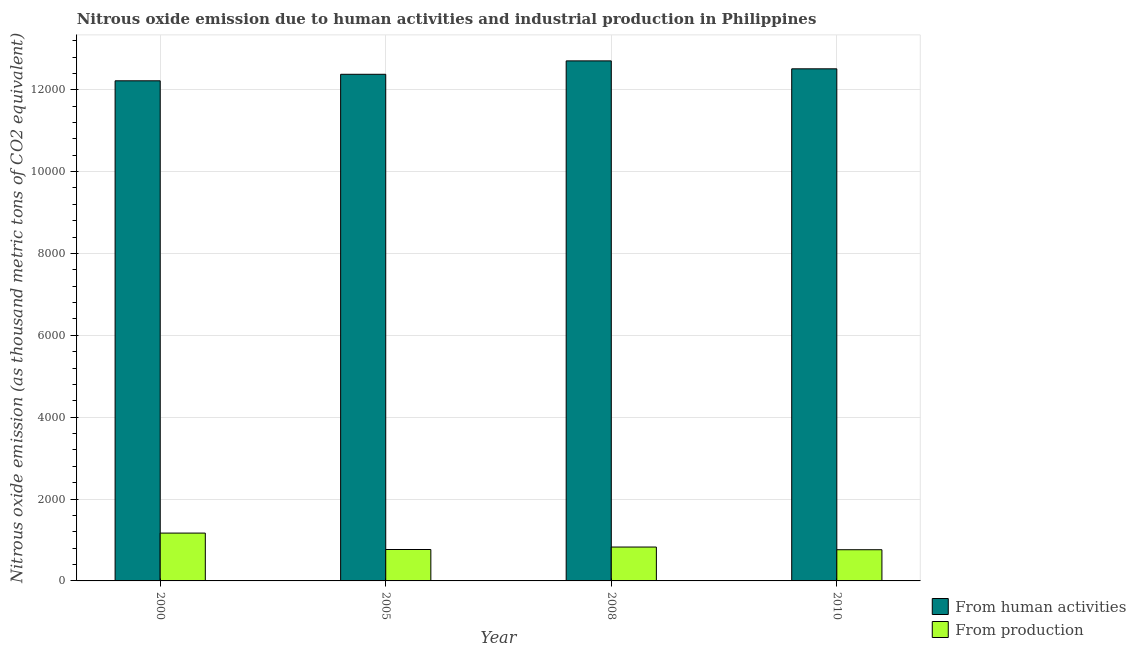
| Year | From human activities | From production |
 | --- | --- | --- |
 | 2000 | 1.22e+04 | 1.17e+03 |
 | 2005 | 1.24e+04 | 768 |
 | 2008 | 1.27e+04 | 828 |
 | 2010 | 1.25e+04 | 762 |